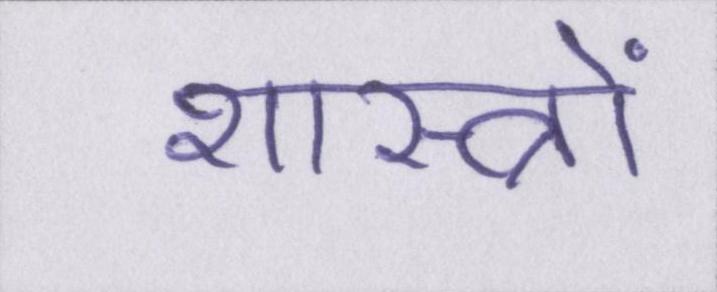
शास्त्रों